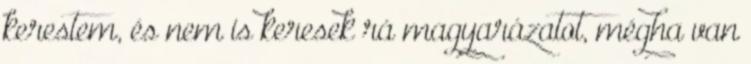
kerestem, és nem is keresek rá magyarázatot, mégha van